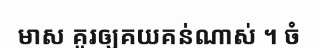
មាស គួរឲ្យគយគន់ណាស់ ។ ចំ